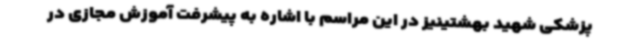
پزشکی شهید بهشتینیز در این مراسم با اشاره به پیشرفت آموزش مجازی در